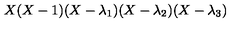
X ( X - 1 ) ( X - \lambda _ { 1 } ) ( X - \lambda _ { 2 } ) ( X - \lambda _ { 3 } )